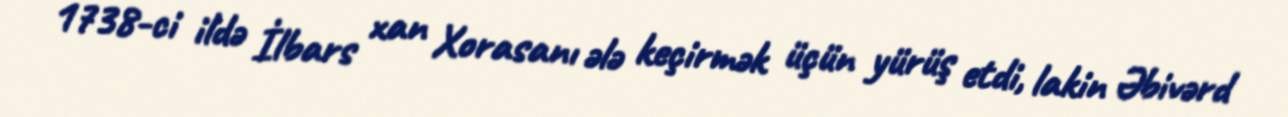
1738-ci ildə İlbars xan Xorasanı ələ keçirmək üçün yürüş etdi, lakin Əbivərd